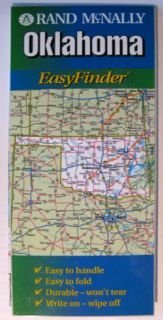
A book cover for Rand McNally Oklahoma (Easyfinder Map); Rand McNally; Travel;